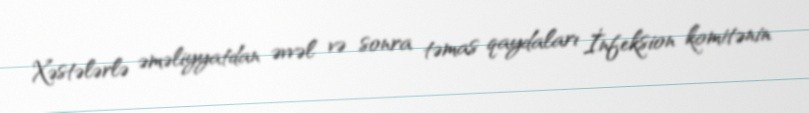
Xəstələrlə əməliyyatdan əvvəl və sonra təmas qaydaları İnfeksion komitənin